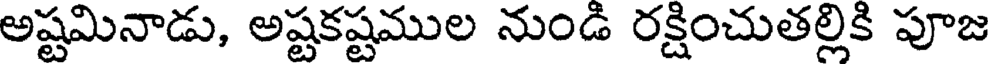
అష్టమినాడు, అష్టకష్టముల నుండి రక్షించుతల్లికి పూజ